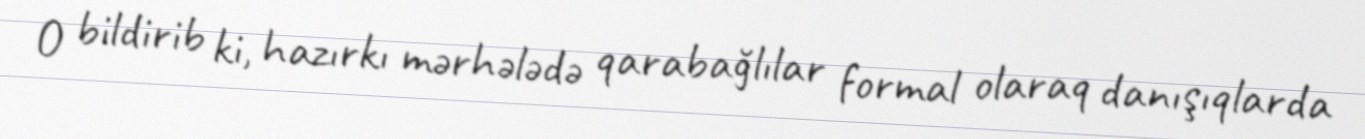
O bildirib ki, hazırkı mərhələdə qarabağlılar formal olaraq danışıqlarda